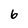
Character: 6